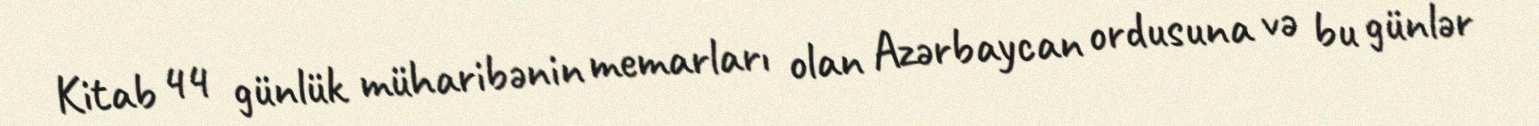
Kitab 44 günlük müharibənin memarları olan Azərbaycan ordusuna və bu günlər